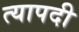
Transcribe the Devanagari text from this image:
त्यापदी